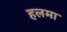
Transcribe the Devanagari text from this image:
हलमा